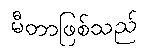
မီတာဖြစ်သည်